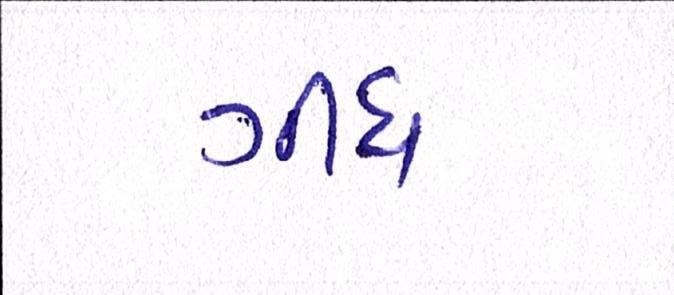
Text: ગીધ